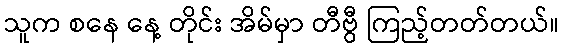
သူက စနေ နေ့ တိုင်း အိမ်မှာ တီဗွီ ကြည့်တတ်တယ်။